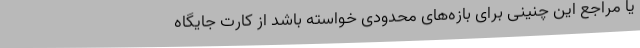
یا مراجع این چنینی برای بازه‌های محدودی خواسته باشد از کارت جایگاه